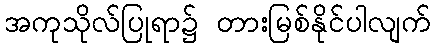
အကုသိုလ်ပြုရာ၌ တားမြစ်နိုင်ပါလျက်